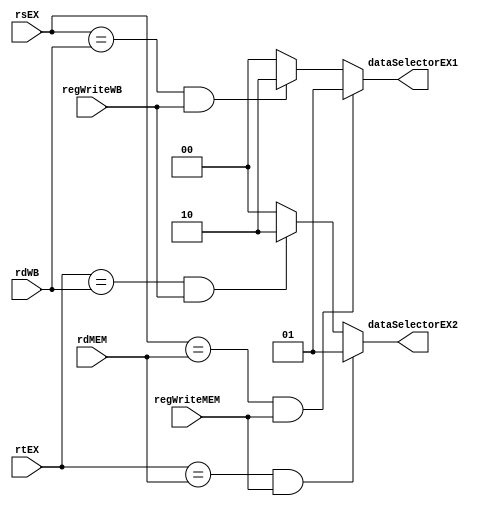
//-----------------------------------------------------------------------------
// Universidade Estadual de Feira de Santana
// TEC499 - MI - Sistemas Digitais
// Antares-R2 2016.1
//
// Module: forwarding_unit.v
// Desc:
// Inputs:
// 	rsID:
// 	rtID:
// 	rsEX:
// 	rtEX:
// 	rdMEM:
// 	rdWB:
//  regWriteMEM:
//  regWriteWB:
// Outputs:
//  dataSelectorID1:
//	dataSelectorID2:
//	dataSelectorEX1:
//  dataSelectorEX2:
//-----------------------------------------------------------------------------

module forwarding_unit(
	input [4:0] rsEX,rtEX,rdMEM,rdWB,
	input regWriteMEM,regWriteWB,
	output reg [1:0] dataSelectorEX1,dataSelectorEX2
);

	always @(rsEX,rtEX,rdMEM,rdWB,regWriteMEM,regWriteWB) begin

		if (rsEX == rdMEM && regWriteMEM == 1) begin
			dataSelectorEX1 <= 1; //stage 4
		end
    else if (rsEX == rdWB && regWriteWB == 1) begin
			dataSelectorEX1 <= 2; //stage 5
		end
    else begin
			dataSelectorEX1 <= 0; //no fowarding
		end

		if (rtEX == rdMEM && regWriteMEM == 1) begin
			dataSelectorEX2 <= 1;
		end
    else if (rtEX == rdWB && regWriteWB == 1) begin
			dataSelectorEX2 <= 2;
		end
    else begin
			dataSelectorEX2 <= 0;
		end

	end
endmodule